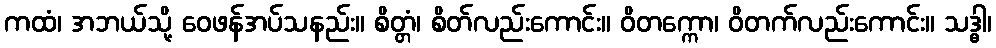
ကထံ၊ အဘယ်သို့ ဝေဖန်အပ်သနည်း။ စိတ္တံ၊ စိတ်လည်းကောင်း။ ဝိတက္ကော၊ ဝိတက်လည်းကောင်း။ သဒ္ဓါ၊